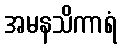
အမနသိကာရံ